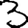
Digit: 3